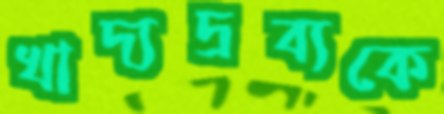
খাদ্যদ্রব্যকে